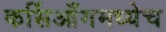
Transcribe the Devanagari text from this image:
कर्सिआँगमध्येच